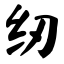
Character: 纫